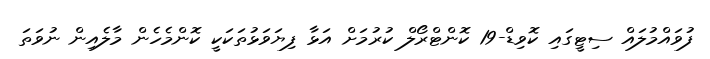
ފުވައްމުލައް ސިޓީގައި ކޮވިޑް-19 ކޮންޓްރޯލް ކުރުމަށް އަޅާ ފިޔަވަޅުތަކަކީ ކޮންމެހެން މާލެއިން ނުވަތަ